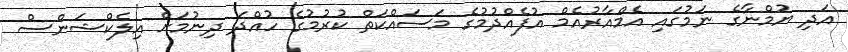
އަދި ޔުމްނާގެ ނަމުގައި އެމްއާރުއެމް އުފެއްދުމުގެ މަސައްކަތް ކުރުމުގެ ހުއްދަ ދިނުމަށް އިލެކްޝަންސް